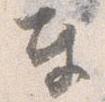
奉